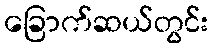
ခြောက်ဆယ်တွင်း